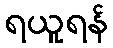
ရယူရန်